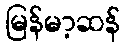
မြန်မာ့ဆန်